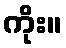
ကိုး။